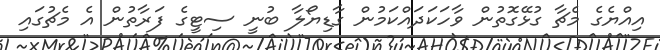
އިއްޔެގެ މެޗާ ގުޅޭގޮތުން ވާހަކަދައްކަމުން ގާޑިޔޯލާ ބުނީ ސިޓީގެ ފަރާތުން އެ މެޗުގައި